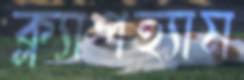
ক্ল্যাপহ্যাম